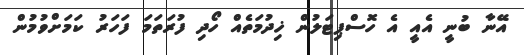
އޭނާ ބުނީ އެއީ އެ ހޮސްޕިޓަލުން ޚިދުމަތެއް ހޯދި ފުރަތަމަ ފަހަރު ކަމަށްވުމުން